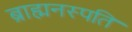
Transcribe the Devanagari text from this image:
ब्राह्मनस्पति